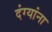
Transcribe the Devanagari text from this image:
दंग्यांना